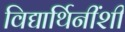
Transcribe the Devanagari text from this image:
विद्यार्थिनींशी